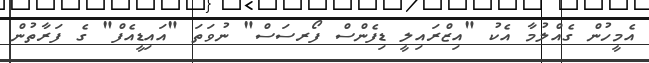
އެމީހުން ގެއްލުމާ އެކު "އިޒްރައިލީ ޑިފެންސް ފޯރސަސް" ނުވަތަ "އައިޑީއެފް" ގެ ފަރާތުން